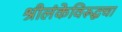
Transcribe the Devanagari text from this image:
श्रीलंकेविरूद्धचा